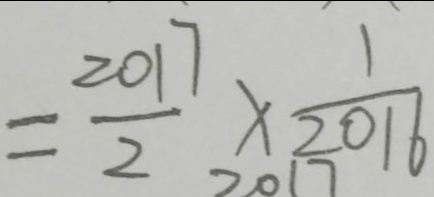
= \frac { 2 0 1 7 } { 2 } \times \frac { 1 } { 2 0 1 6 }